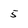
Character: 5